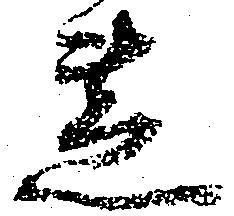
蘆